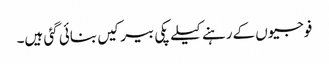
فوجیوں کےرہنے کیلے پکی بیرکیں بنائی گئی ہیں۔